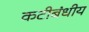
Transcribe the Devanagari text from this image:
कटीबंधीय